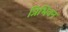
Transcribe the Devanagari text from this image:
त्रिभिवन